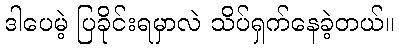
ဒါပေမဲ့ ပြခိုင်းရမှာလဲ သိပ်ရှက်နေခဲ့တယ်။